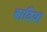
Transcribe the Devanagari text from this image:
बादिया